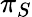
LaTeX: \pi_{S}